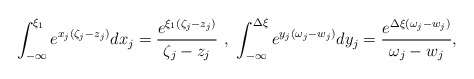
\begin{align*}\int_{-\infty}^{\xi_1}e^{x_j(\zeta_j-z_j)}dx_j=\frac{e^{\xi_1(\zeta_j-z_j)}}{\zeta_j-z_j}\,\,,\,\,\int_{-\infty}^{\Delta\xi}e^{y_j(\omega_j-w_j)}dy_j=\frac{e^{\Delta\xi(\omega_j-w_j)}}{\omega_j-w_j},\end{align*}